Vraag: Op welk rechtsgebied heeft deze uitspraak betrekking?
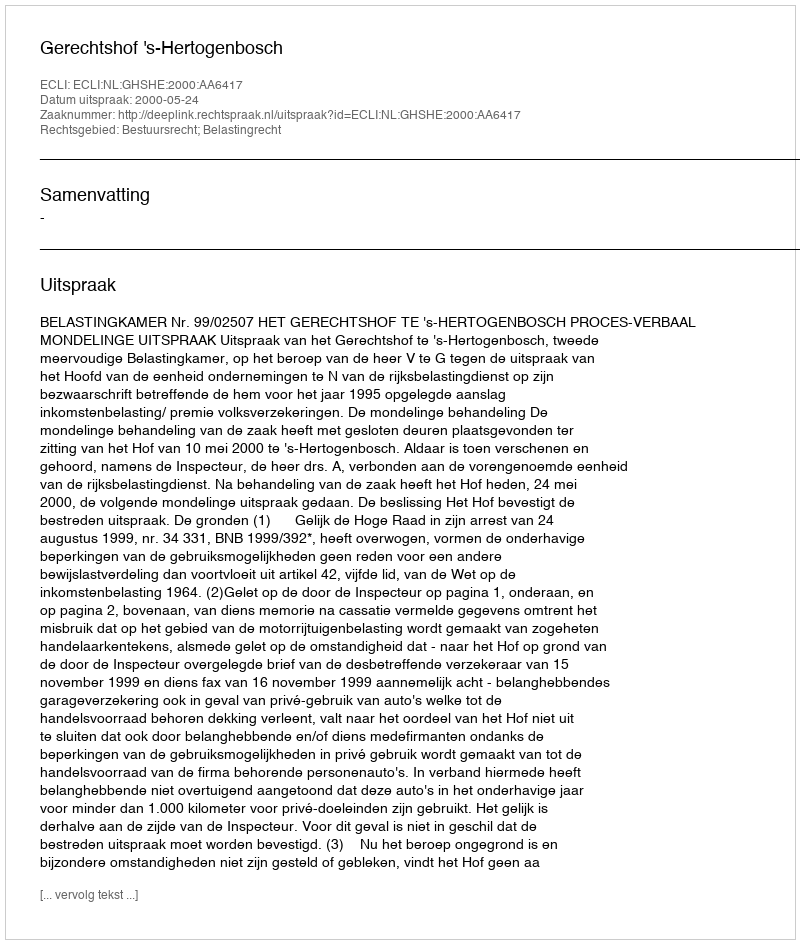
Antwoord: Bestuursrecht; Belastingrecht